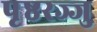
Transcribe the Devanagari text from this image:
पृष्ठरज्जु